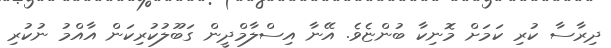
ދިރާސާ ކުރި ކަމަށް މޮނިކާ ބުންޏެވެ. އޭނާ އިސްލާމްދީން ގަބޫލުކުރިކަން އާއްމު ނުކުރި